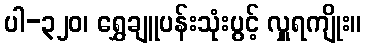
ပါ-၃၂၀၊ ရွှေချူပန်းသုံးပွင့် လှူရကျိုး။